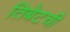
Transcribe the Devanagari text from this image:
तिबेटची